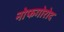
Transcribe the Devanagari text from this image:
नोफगोरोद